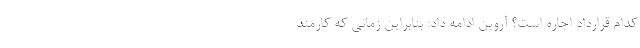
کدام قرارداد اجاره است؟ آروین ادامه داد: بنابراین زمانی که کارمند